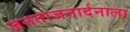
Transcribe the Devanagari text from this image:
जनताजनार्दनाला